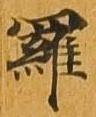
羅